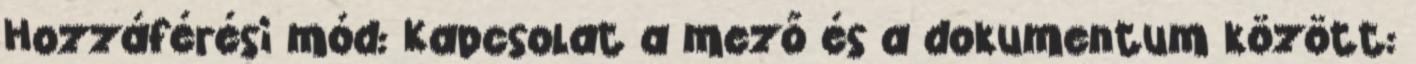
Hozzáférési mód: Kapcsolat a mező és a dokumentum között: